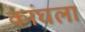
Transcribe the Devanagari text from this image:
कांघला